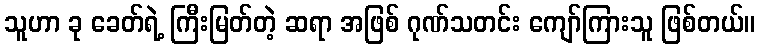
သူဟာ ခု ခေတ်ရဲ့ ကြီးမြတ်တဲ့ ဆရာ အဖြစ် ဂုဏ်သတင်း ကျော်ကြားသူ ဖြစ်တယ်။